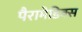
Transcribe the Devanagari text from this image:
पैरामेडिक्स